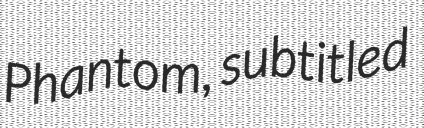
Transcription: Phantom, subtitled